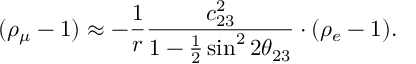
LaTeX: ( \rho _ { \mu } - 1 ) \approx - { \frac { 1 } { r } } { \frac { c _ { 2 3 } ^ { 2 } } { 1 - { \frac { 1 } { 2 } } \sin ^ { 2 } 2 \theta _ { 2 3 } } } \cdot ( \rho _ { e } - 1 ) .